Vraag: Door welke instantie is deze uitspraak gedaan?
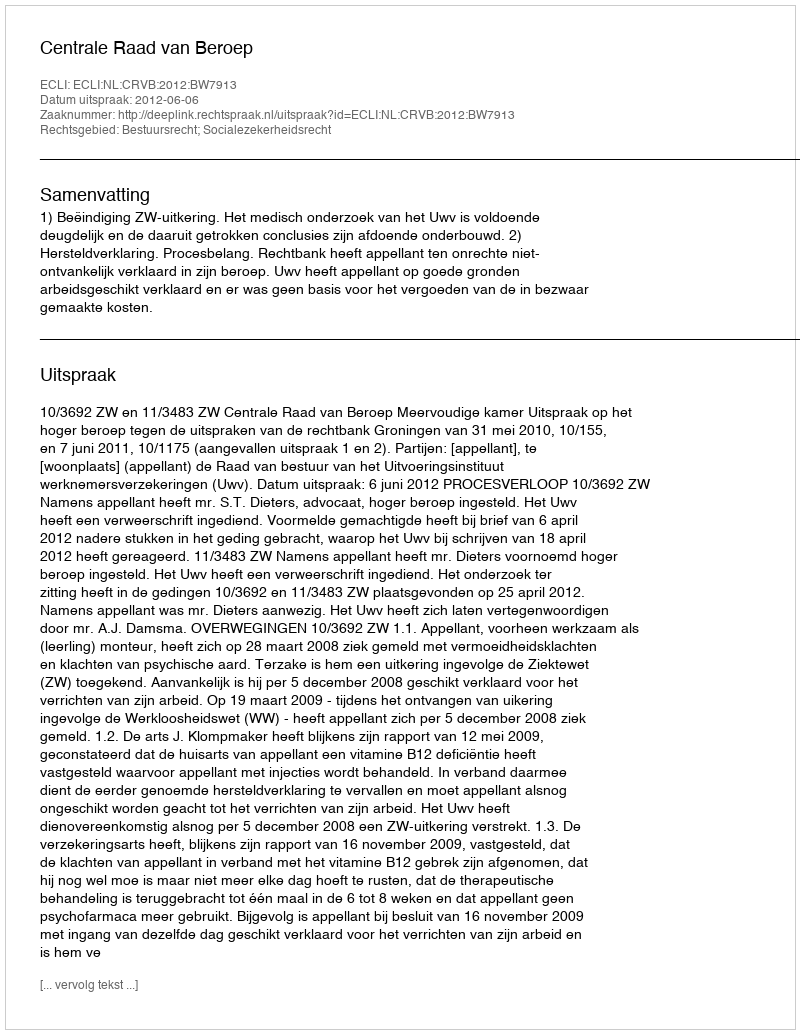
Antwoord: Centrale Raad van Beroep